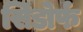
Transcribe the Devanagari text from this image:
सिडोर्फ